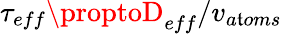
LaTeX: \tau_{eff}\proptoD_{eff}/v_{a\mathfrak{t}oms}